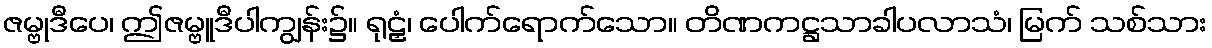
ဇမ္ဗုဒီပေ၊ ဤဇမ္ဗူဒီပါကျွန်း၌။ ရုဠှံ၊ ပေါက်ရောက်သော။ တိဏကဋ္ဌသာခါပလာသံ၊ မြက် သစ်သား